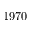
1 9 7 0